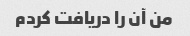
من آن را دریافت کردم